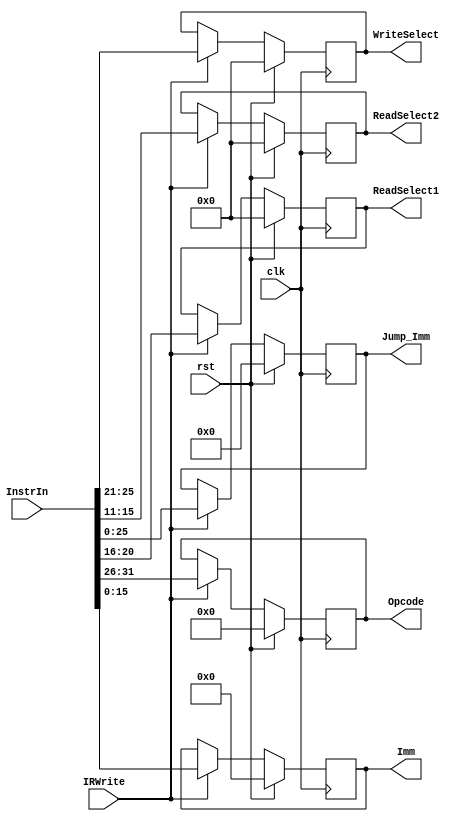
module reg_ir(
		input clk,
		input rst,
		input IRWrite,
		input [DATA_WIDTH-1:0] InstrIn,
		output reg [5:0] Opcode,
		output reg [4:0] ReadSelect1,
		output reg [4:0] ReadSelect2,
		output reg [4:0] WriteSelect,
		output reg [15:0] Imm,
		output reg [25:0] Jump_Imm
    );
	 
	parameter DATA_WIDTH = 32;
	 
	always @(posedge clk)
		begin
		if (rst)
			begin
			Opcode      <= 6'd0;
			ReadSelect1 <= 5'd0;
			ReadSelect2 <= 5'd0;
			WriteSelect <= 5'd0;
			Imm         <= 16'd0;
			Jump_Imm    <= 26'd0;
			end
		else if (IRWrite)
			begin
			Opcode      <= InstrIn[31:26];
			ReadSelect1 <= InstrIn[20:16];
			ReadSelect2 <= InstrIn[15:11];
			WriteSelect <= InstrIn[25:21];
			Imm         <= InstrIn[15:0];
			Jump_Imm    <= InstrIn[25:0];
			end
		end

endmodule